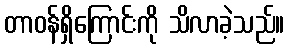
တာဝန်ရှိကြောင်းကို သိလာခဲ့သည်။